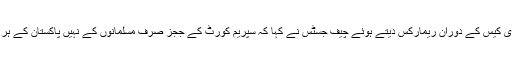
آئی جی اسلام آباد تقرری کیس کے دوران ریمارکس دیتے ہوئے چیف جسٹس نے کہا کہ سپریم کورٹ کے ججز صرف مسلمانوں کے نہیں پاکستان کے ہر شہری کے قاضی ہیں۔